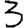
Digit: 3